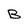
Character: B